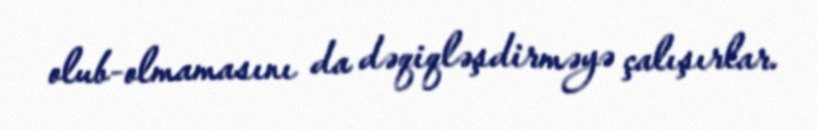
olub-olmamasını da dəqiqləşdirməyə çalışırlar.